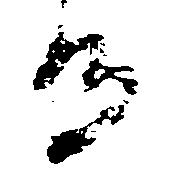
る